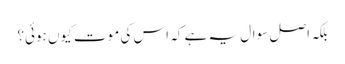
بلکہ اصل سوال یہ ہے کہ اس کی موت کیوں ہوئی؟